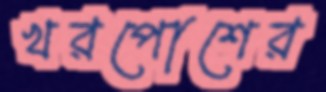
খরপোশের